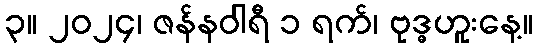
၃။ ၂၀၂၄၊ ဇန်နဝါရီ ၁ ရက်၊ ဗုဒ္ဓဟူးနေ့။